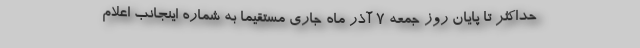
حداکثر تا پایان روز جمعه ۷ آذر ماه جاری مستقیما به شماره اینجانب اعلام